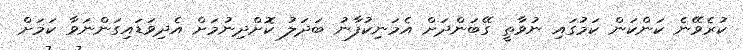
ކުރެވޭނެ ކަންކަން ކަމުގައި ނުވާތީ ގޭބަންދަށް އެމަނިކުފާނު ބަދަލު ކޮށްދިނުމަށް އެދިވަޑައިގަންނަވާ ކަމަށް